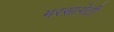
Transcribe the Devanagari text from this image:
मस्सागेटी